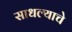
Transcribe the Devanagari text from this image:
साधल्याचे